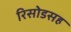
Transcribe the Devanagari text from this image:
रिसोडसह